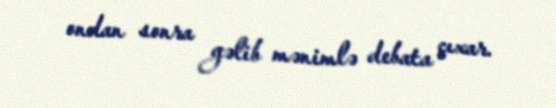
ondan sonra gəlib mənimlə debata çıxar.